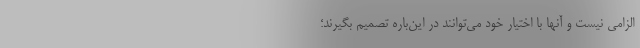
الزامی نیست و آنها با اختیار خود می‌توانند در این‌باره تصمیم بگیرند؛